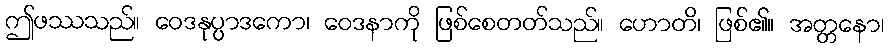
ဤဖဿသည်။ ဝေဒနုပ္ပာဒကော၊ ဝေဒနာကို ဖြစ်စေတတ်သည်။ ဟောတိ၊ ဖြစ်၏။ အတ္တနော၊